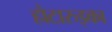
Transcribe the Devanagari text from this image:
होटारुइका